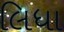
લિધા